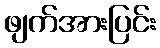
ဖျက်အားပြင်း